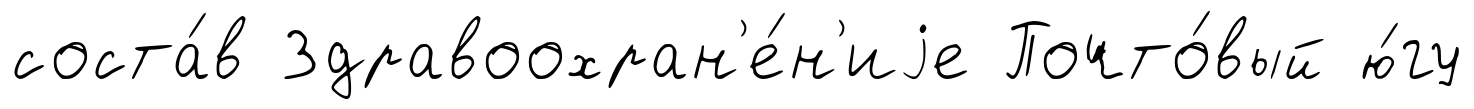
соста́в Здравоохран'е́н'иjе Почто́вый ю́гу